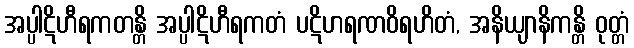
အပ္ပါဋိဟီရကတန္တိ အပ္ပါဋိဟီရကတံ ပဋိဟရဏဝိရဟိတံ, အနိယျာနိကန္တိ ဝုတ္တံ